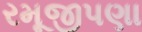
રમૂજીપણા